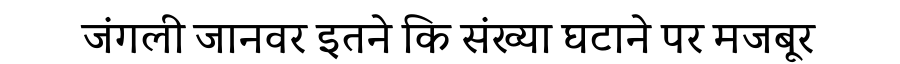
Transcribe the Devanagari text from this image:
जंगली जानवर इतने कि संख्या घटाने पर मजबूर